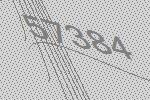
57384